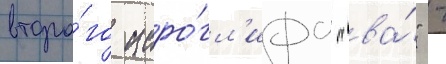
второ́го иеро́гл'ифа "ва́" -